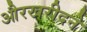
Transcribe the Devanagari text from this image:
औरखरीदने